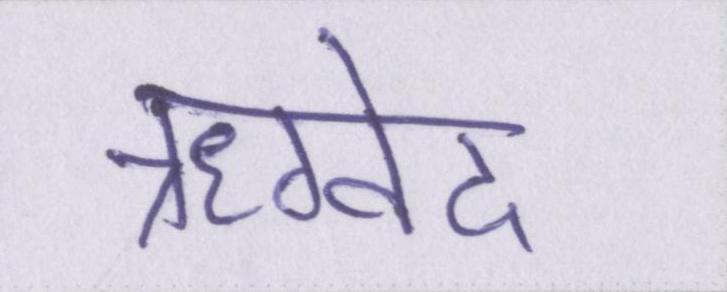
ऋग्वेद